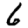
Digit: 6